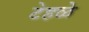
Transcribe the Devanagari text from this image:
टेहळे